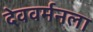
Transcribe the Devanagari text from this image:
देववर्मनला